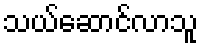
သယ်ဆောင်လာသူ